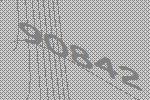
90842